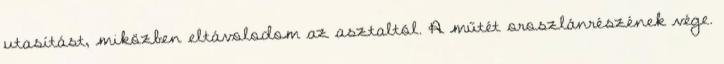
utasítást, miközben eltávolodom az asztaltól. A műtét oroszlánrészének vége.